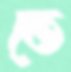
তেঁ